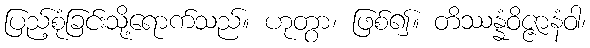
ပြည့်စုံခြင်းသို့ရောက်သည်။ ဟုတွာ၊ ဖြစ်၍။ တိဿန္နံဝိဇ္ဇာနံဝါ၊